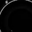
Digit: 8